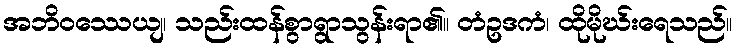
အဘိဝဿေယျ၊ သည်းထန်စွာရွာသွန်းရာ၏။ တံဥဒကံ၊ ထိုမိုဃ်းရေသည်။